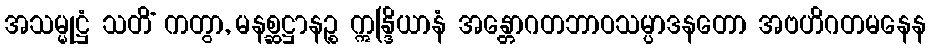
အသမ္မုဋ္ဌံ သတိံ ကတွာ, မနစ္ဆဋ္ဌာနဉ္စ ဣန္ဒြိယာနံ အန္တောဂတဘာဝသမ္ပာဒနတော အဗဟိဂတမနေန